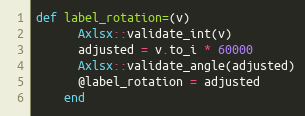
Language: Ruby
def label_rotation=(v)
      Axlsx::validate_int(v)
      adjusted = v.to_i * 60000
      Axlsx::validate_angle(adjusted)
      @label_rotation = adjusted
    end